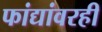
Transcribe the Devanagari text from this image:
फांद्यांवरही